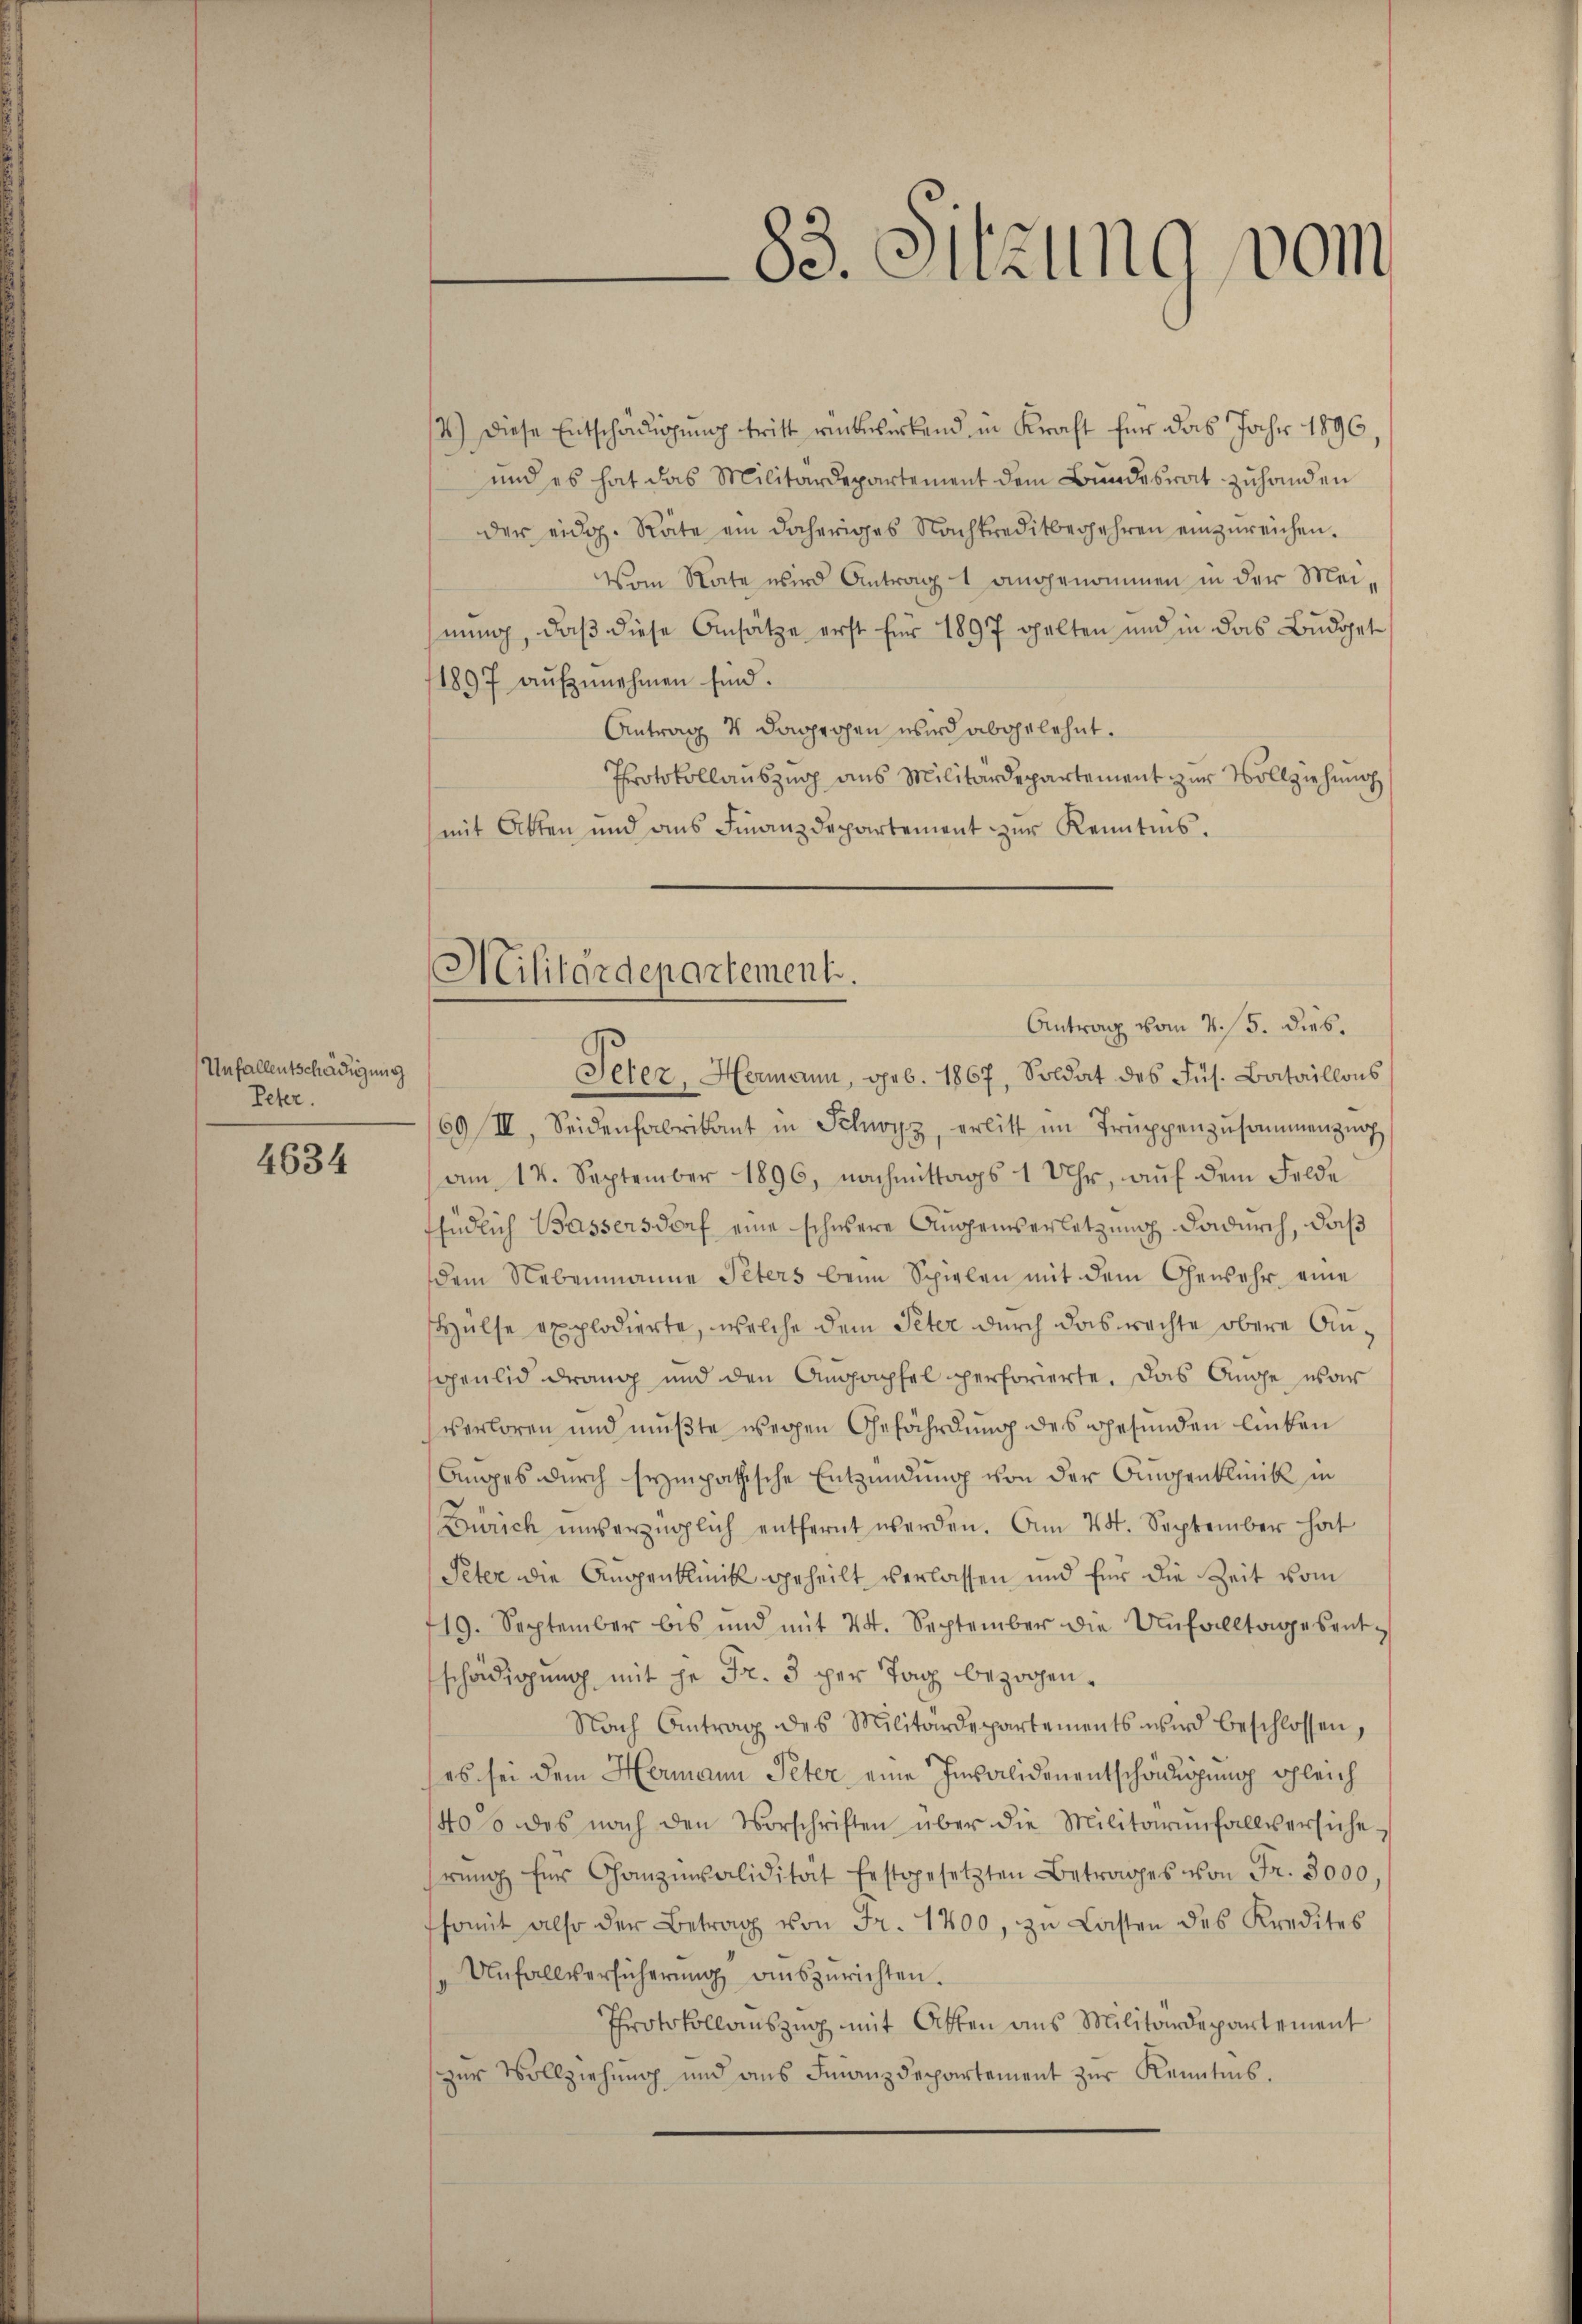
Unfallentschädigung
Peter.

4634

4.) Diese Entschädigung tritt rükwirkend, in Kraft für das Jahr 1896,
und es hat das Militärdepartement dem Bundesrat zuhanden
der eidg. Räte ein daheriges Nachtreditbegehren einzŭreichen.
Vom State wird Antrag 1 angenommen in der Meihnung, daß diese Ansätze erst für 1897 gelten und in das Büdget
1897 aŭfzŭnehmen sind.
Antrag 4 dagegen wird abgelehnt.
Protokollauszug aus Militärdepartement zur Vollziehung
mit Atten und ans Finanzdepartement zur Kenntnis.
Antrag vom 4. 15. dies.
69/III. Seidenfabrikant in Schwyz, erlitt im Trŭppenzusammenzug
am 14. September 1896, nachmittags 1 Uhr, auf dem Felde
Esüdlich Bassersdorf eine schwere Augenserletzung dadurch, daß
dem Nebenmanne Peters beim Spielen mit dem Gewehr eine
Hülse explodierte, welche dem Peter durch das rechte obere Ansoenlich drang und den Augapfel perforierte. Das Auge war
verloren und mußte wegen Gefährdung des Gesunden linken
Anges durch sympathische Entzündung von der Augenklinik in
Zürich unverzüglich entfernt werden. Am 24. September hat
Peter die Angenklinik geheilt verlassen und für die Zeit vom
19. September bis und mit 24. September die Unfalltagesent-
schädigung mit je Fr. 3 per Tag bezogen.
Nach Antrag des Militärdepartements wird beschlossen,
es sei dem Hermann Peter eine Invalidenentschädigung gleich
140% des nach den Vorschriften über die Militärinfallversiche-
rŭng für Ganzensalidität festgesetzten Betrages von Fr. 3000
somit also der Betrag von Fr. 1400, zu Lasten des Kredites
Unfallversicherung auszurichten.
Protokollauszug mit Atten aus Militärdepartement
zŭr Vollziehung und ans Finanzdepartement zŭr Kenntnis.

Militärdepartement.
Peter, Hermann, geb. 1867, Soldat des Fus. Bataillons

83. Sitzung vom